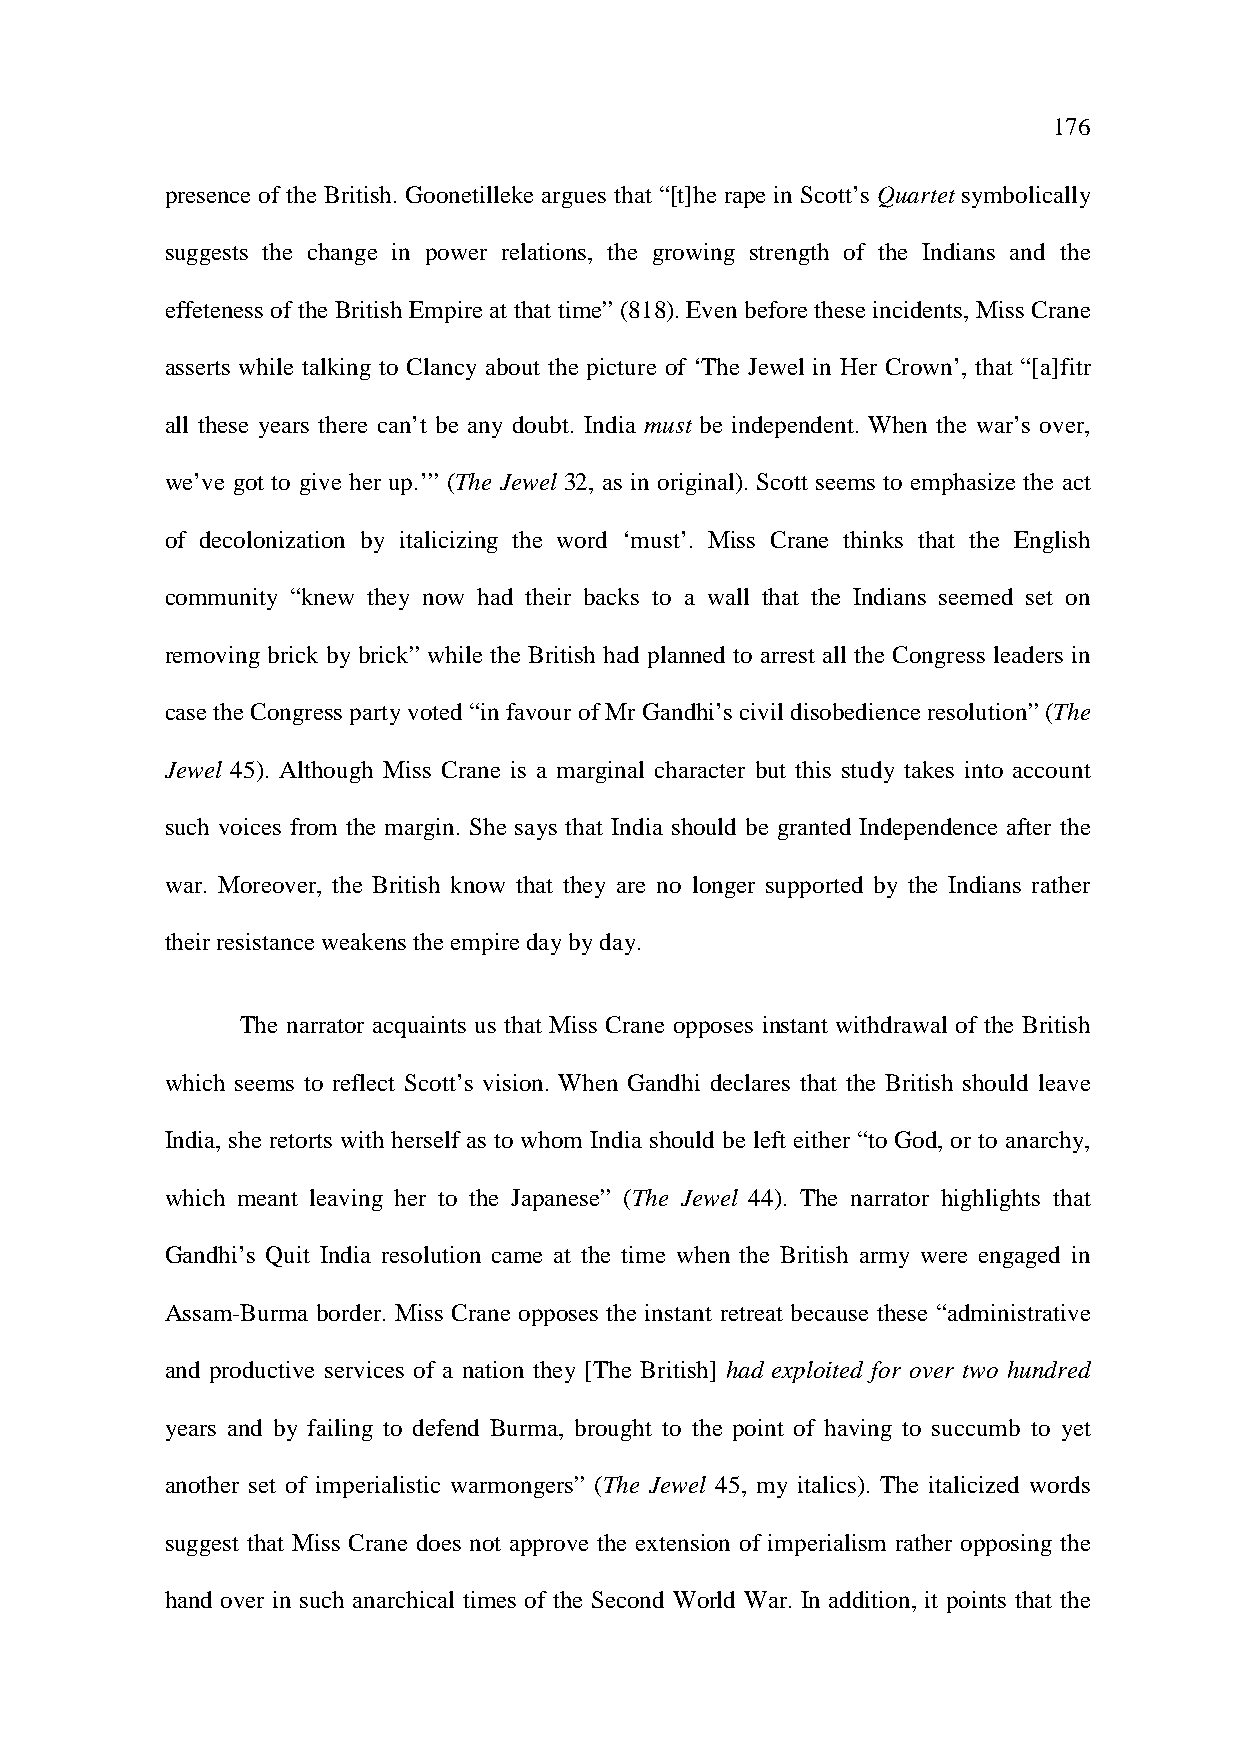
176
 presence of the British. Goonetilleke argues that “[t]he rape in Scott’s Quartet symbolically
 suggests the change in power relations, the growing strength of the Indians and the
 effeteness of the British Empire at that time” (818). Even before these incidents, Miss Crane
 asserts while talking to Clancy about the picture of ‘The Jewel in Her Crown’, that “[a]fitr
 all these years there can’t be any doubt. India must be independent. When the war’s over,
 we’ve got to give her up.’” (The Jewel 32, as in original). Scott seems to emphasize the act
 of decolonization by italicizing the word ‘must’. Miss Crane thinks that the English
 community “knew they now had their backs to a wall that the Indians seemed set on
 removing brick by brick” while the British had planned to arrest all the Congress leaders in
 case the Congress party voted “in favour of Mr Gandhi’s civil disobedience resolution” (The
 Jewel 45). Although Miss Crane is a marginal character but this study takes into account
 such voices from the margin. She says that India should be granted Independence after the
 war. Moreover, the British know that they are no longer supported by the Indians rather
 their resistance weakens the empire day by day.
 The narrator acquaints us that Miss Crane opposes instant withdrawal of the British
 which seems to reflect Scott’s vision. When Gandhi declares that the British should leave
 India, she retorts with herself as to whom India should be left either “to God, or to anarchy,
 which meant leaving her to the Japanese” (The Jewel 44). The narrator highlights that
 Gandhi’s Quit India resolution came at the time when the British army were engaged in
 Assam-Burma border. Miss Crane opposes the instant retreat because these “administrative
 and productive services of a nation they [The British] had exploited for over two hundred
 years and by failing to defend Burma, brought to the point of having to succumb to yet
 another set of imperialistic warmongers” (The Jewel 45, my italics). The italicized words
 suggest that Miss Crane does not approve the extension of imperialism rather opposing the
 hand over in such anarchical times of the Second World War. In addition, it points that the